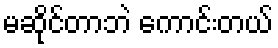
မဆိုင်တာဘဲ ကောင်းတယ်